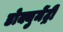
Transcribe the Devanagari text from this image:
डोक्युमेंट्री